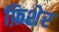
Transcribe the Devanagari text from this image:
फ़िशेर